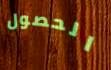
الحصول